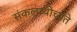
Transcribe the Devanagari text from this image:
संकलय्योच्यते